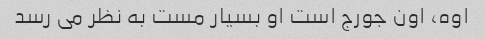
اوه، اون جورج است او بسیار مست به نظر می رسد